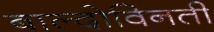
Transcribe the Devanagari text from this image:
बाल्दोविनती